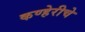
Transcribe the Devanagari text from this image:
कण्हेरीचे